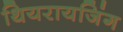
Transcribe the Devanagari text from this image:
थियरायजिंग